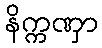
နိက္ကဏှာ